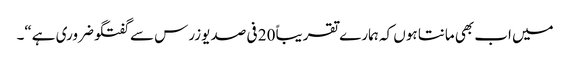
میں اب بھی مانتا ہوں کہ ہمارے تقریباً 20 فی صد یوزرس سے گفتگو ضروری ہے“۔